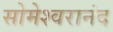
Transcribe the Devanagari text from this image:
सोमेश्वरानंद